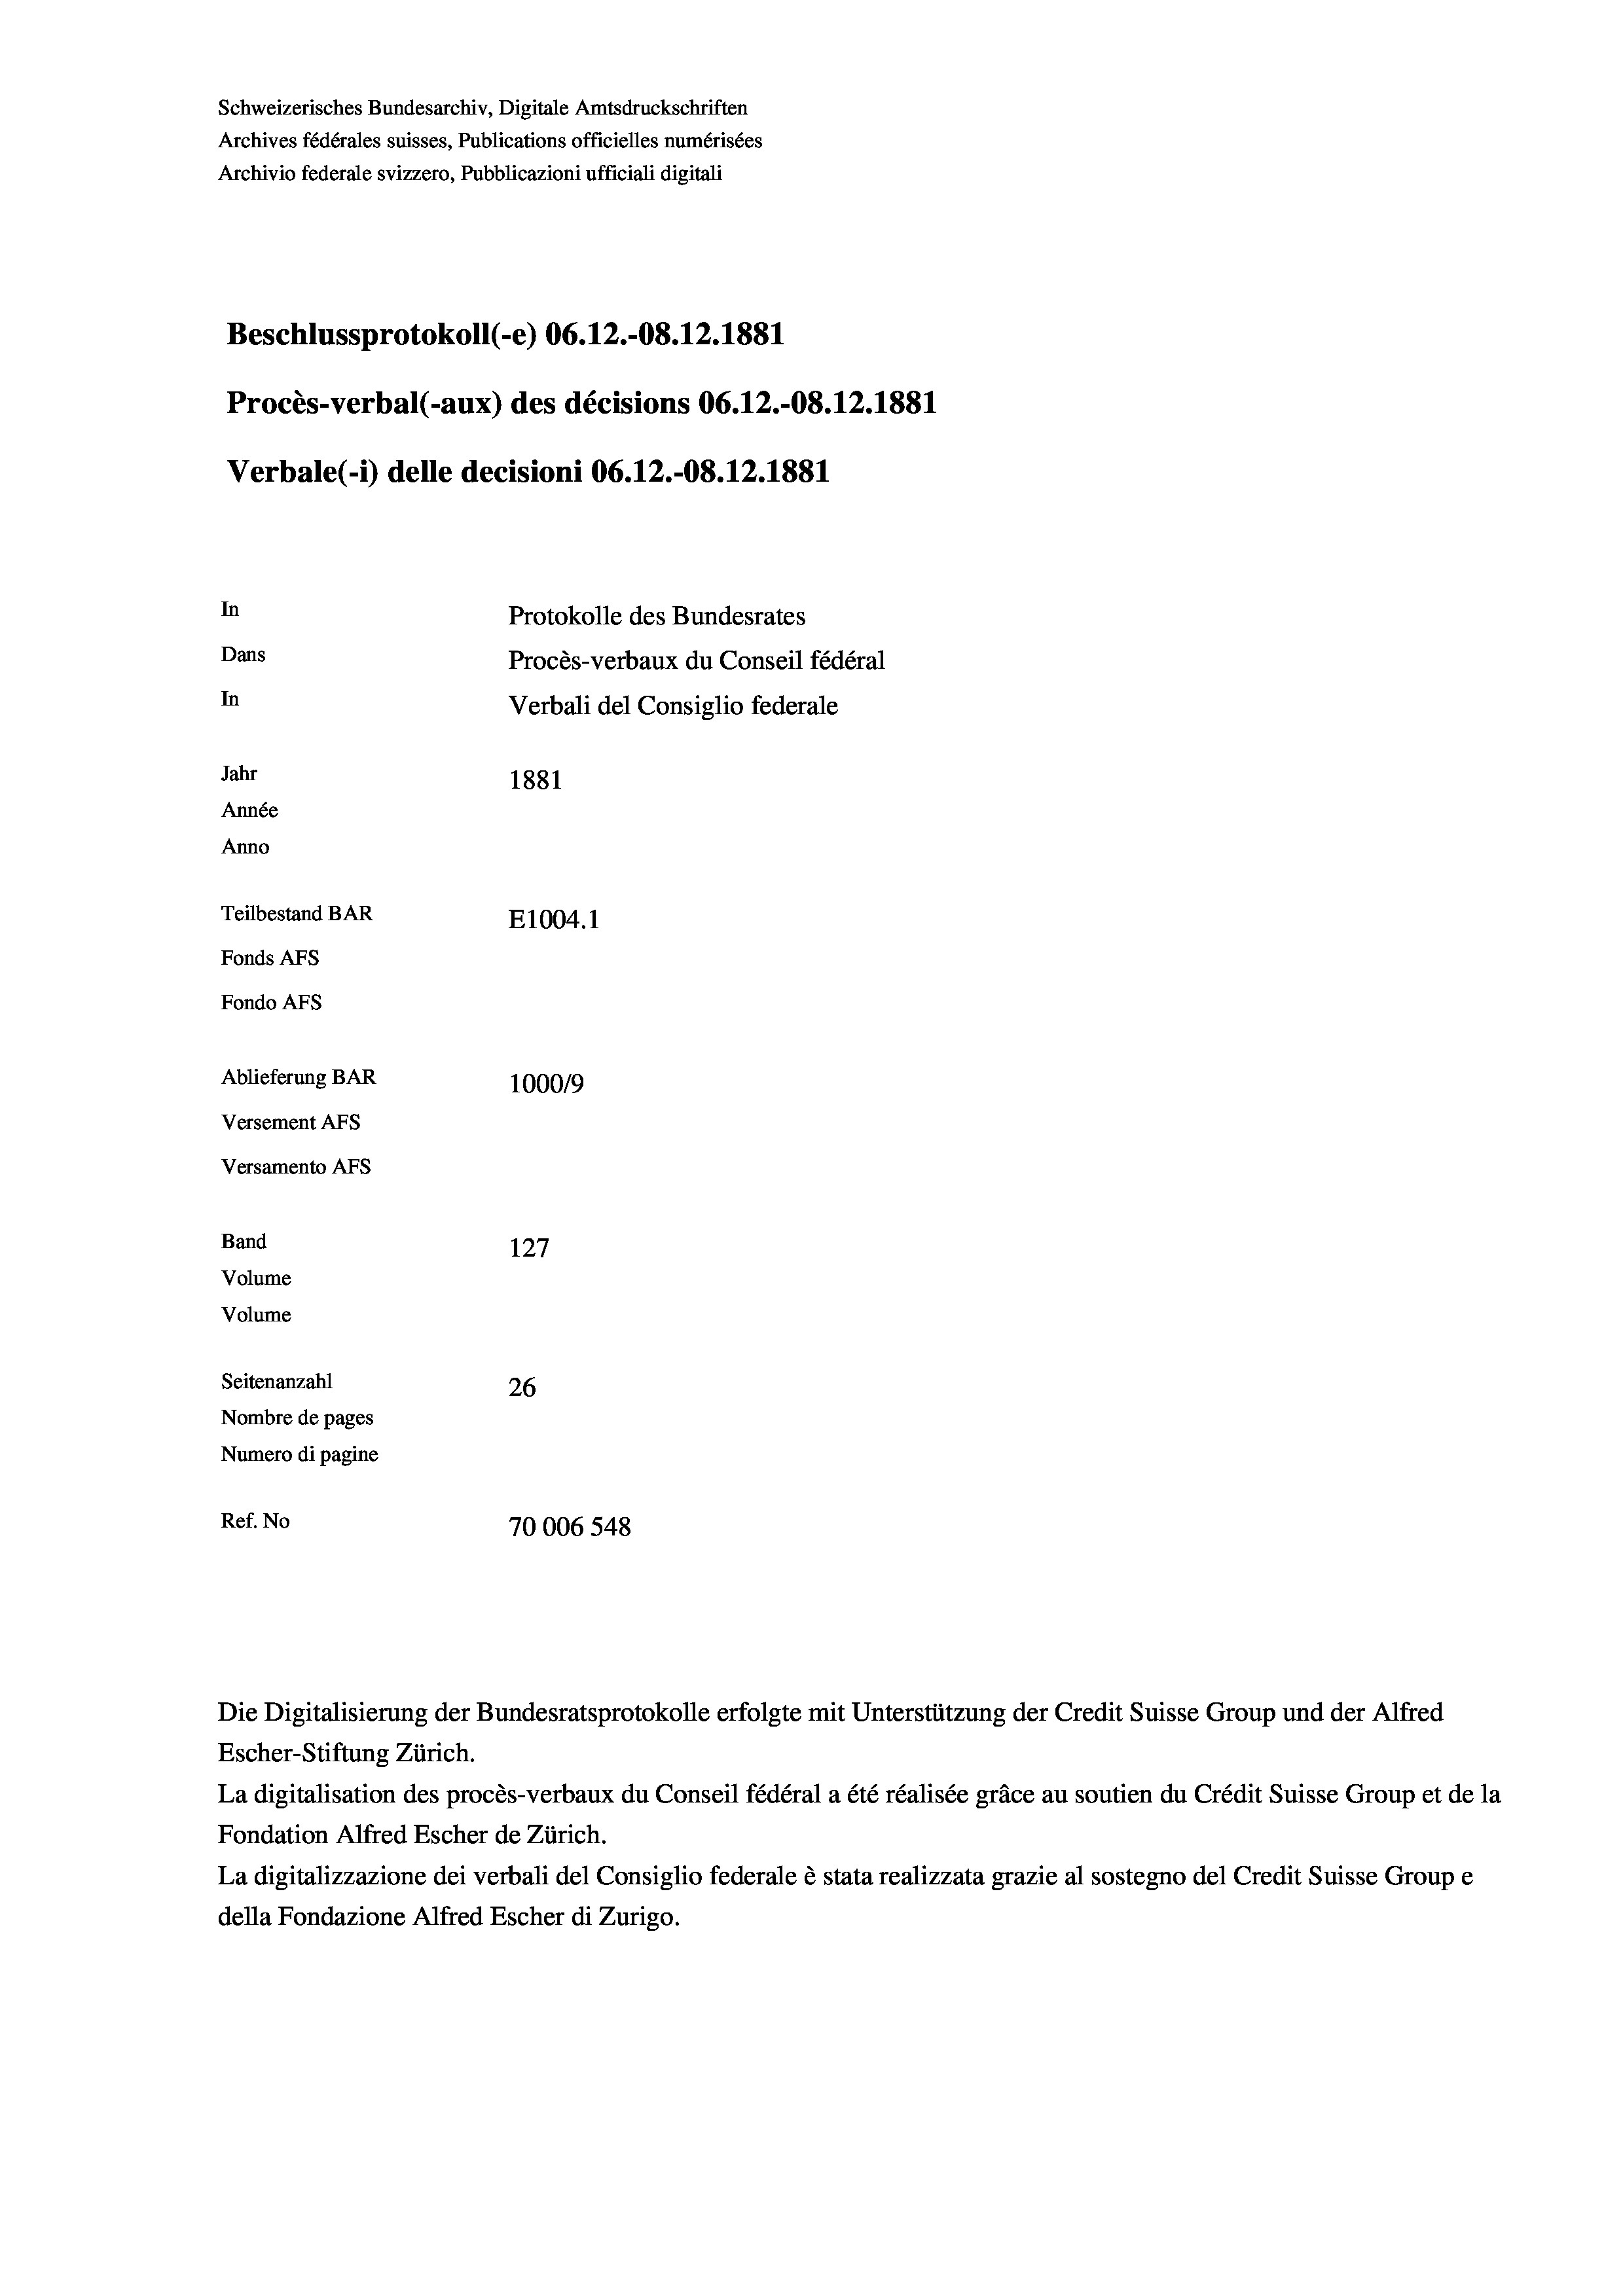
Schweizerisches Bundesarchiv, Digitale Amtsdruckschriften
Archives fédérales suisses, Publications officielles numérisées
Archivio federale svizzero, Pubblicazioni ufficiali digitali
Beschlussprotokoll (-e) 06.12.-08. 12. 1881
Procès-verbal (-aux) des décisions 06.12.-08.12.1881
Verbale(-*) delle decisioni 06.12.-08. 12.1881
In
Protokolle des Bundesrates
Dans
Procès-verbaux du Conseil fédéral
In
Verbali del Consiglio federale
Jahr
1881
Année
Anno
Teilbestand BAR
E1004.1
Fonds AFs
Fondo Afs
Ablieferung BAR
100019
Versement AFs
Versamento AFs
Band
127
Volume

Volume
Seitenanzahl
26
Nombre de pages
Numero di pagine
Ref. No
70006 548

Die Digitalisierung der Bundesratsprotokolle erfolgte mit Unterstützung der Credit Suisse Group und der Alfred
Escher-Stiftung Zürich.
La digitalisation des procès-verbaux du Conseil fédéral a été réalisée gräce au soutien du Crédit Suisse Group et de la
Fondation Alfred Escher de Zürich.
La digitalizzazione dei verbali del Consiglio federale è stata realizzata grazie al sostegno del Credit Suisse Groupe
della Fondazione Alfred Escher di Zurigo.